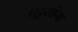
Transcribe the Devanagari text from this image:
पट्टयांना